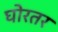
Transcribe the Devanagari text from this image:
घोरतर